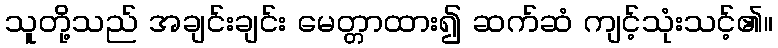
သူတို့သည် အချင်းချင်း မေတ္တာထား၍ ဆက်ဆံ ကျင့်သုံးသင့်၏။